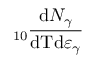
_ { 1 0 } \frac { \mathrm { d } N _ { \gamma } } { \mathrm { d T d } \varepsilon _ { \gamma } }